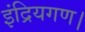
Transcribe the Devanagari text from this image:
इंद्रियगण।